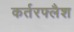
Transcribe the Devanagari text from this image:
कर्तरफ्लैश